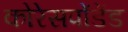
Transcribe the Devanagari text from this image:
कोरेसपोंडेंड